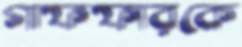
গাফফারকে